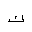
Letter: _kaf